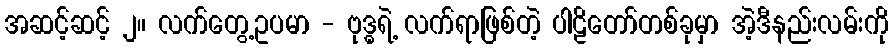
အဆင့်ဆင့် ၂။ လက်တွေ့ဥပမာ - ဗုဒ္ဓရဲ့ လက်ရာဖြစ်တဲ့ ပါဠိတော်တစ်ခုမှာ အဲ့ဒီနည်းလမ်းကို